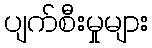
ပျက်စီးမှုများ